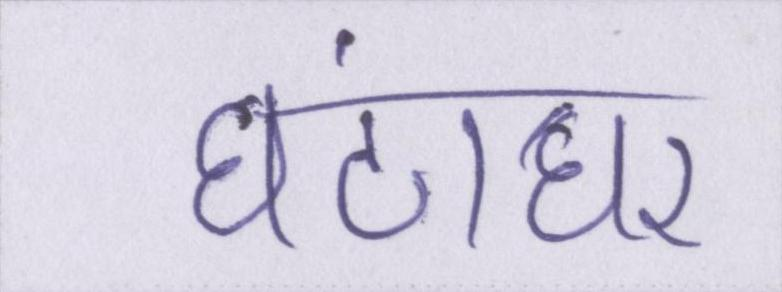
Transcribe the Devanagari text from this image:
घंटाघर